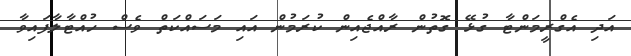
އަދި އެގްރީމަންޓާ ގުޅޭ ގޮތުން ރާއްޖެއިން ކުރަމުން އައި މަސައްކަތް ވެސް ހުއްޓާލާފައިވާ